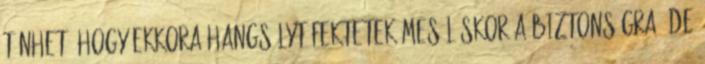
tűnhet, hogy ekkora hangsúlyt fektetek meséléskor a biztonságra, de